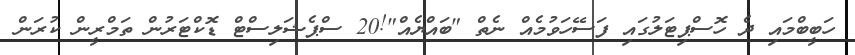
ހަބީބްމައި ދެ ހޮސްޕިޓަލުގައި ފަސޭހަވުމެއް ނެތް "ބައްޔެއް"!20 ސްޕެޝަލިސްޓް ޑޮކްޓަރުން ތަމްްރީން ކުރަން